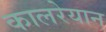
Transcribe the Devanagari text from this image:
कालरेयान